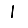
Digit: 1